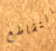
التقاطع